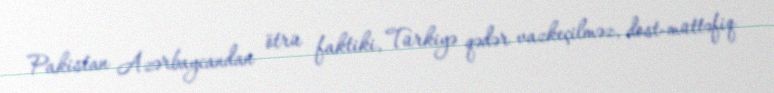
Pakistan Azərbaycandan ötrü faktiki, Türkiyə qədər vazkeçilməz, dost-müttəfiq